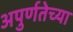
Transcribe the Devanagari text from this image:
अपुर्णतेच्या